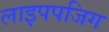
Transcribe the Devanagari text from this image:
लाइपपजिग